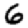
Digit: 6